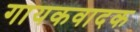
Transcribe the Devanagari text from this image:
गायकवादक